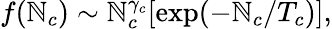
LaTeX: f(\mathbb{N}_{c})\sim\mathbb{N}_{c}^{\gamma_{c}}[\mathrm{{exp}}(-\mathbb{N}_{c}/T_{c})],